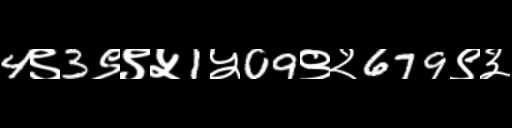
Text: 4९3९९५1५09९२679९३